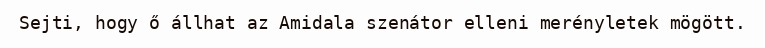
Sejti, hogy ő állhat az Amidala szenátor elleni merényletek mögött.